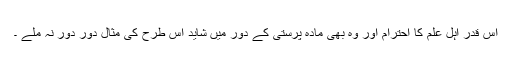
اس قدر اہل علم کا احترام اور وہ بھی مادہ پرستی کے دور میں شاید اس طرح کی مثال دور دور نہ ملے ۔